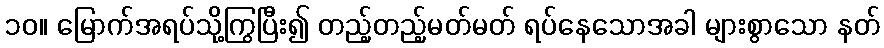
၁၀။ မြောက်အရပ်သို့ကြွပြီး၍ တည့်တည့်မတ်မတ် ရပ်နေသောအခါ များစွာသော နတ်